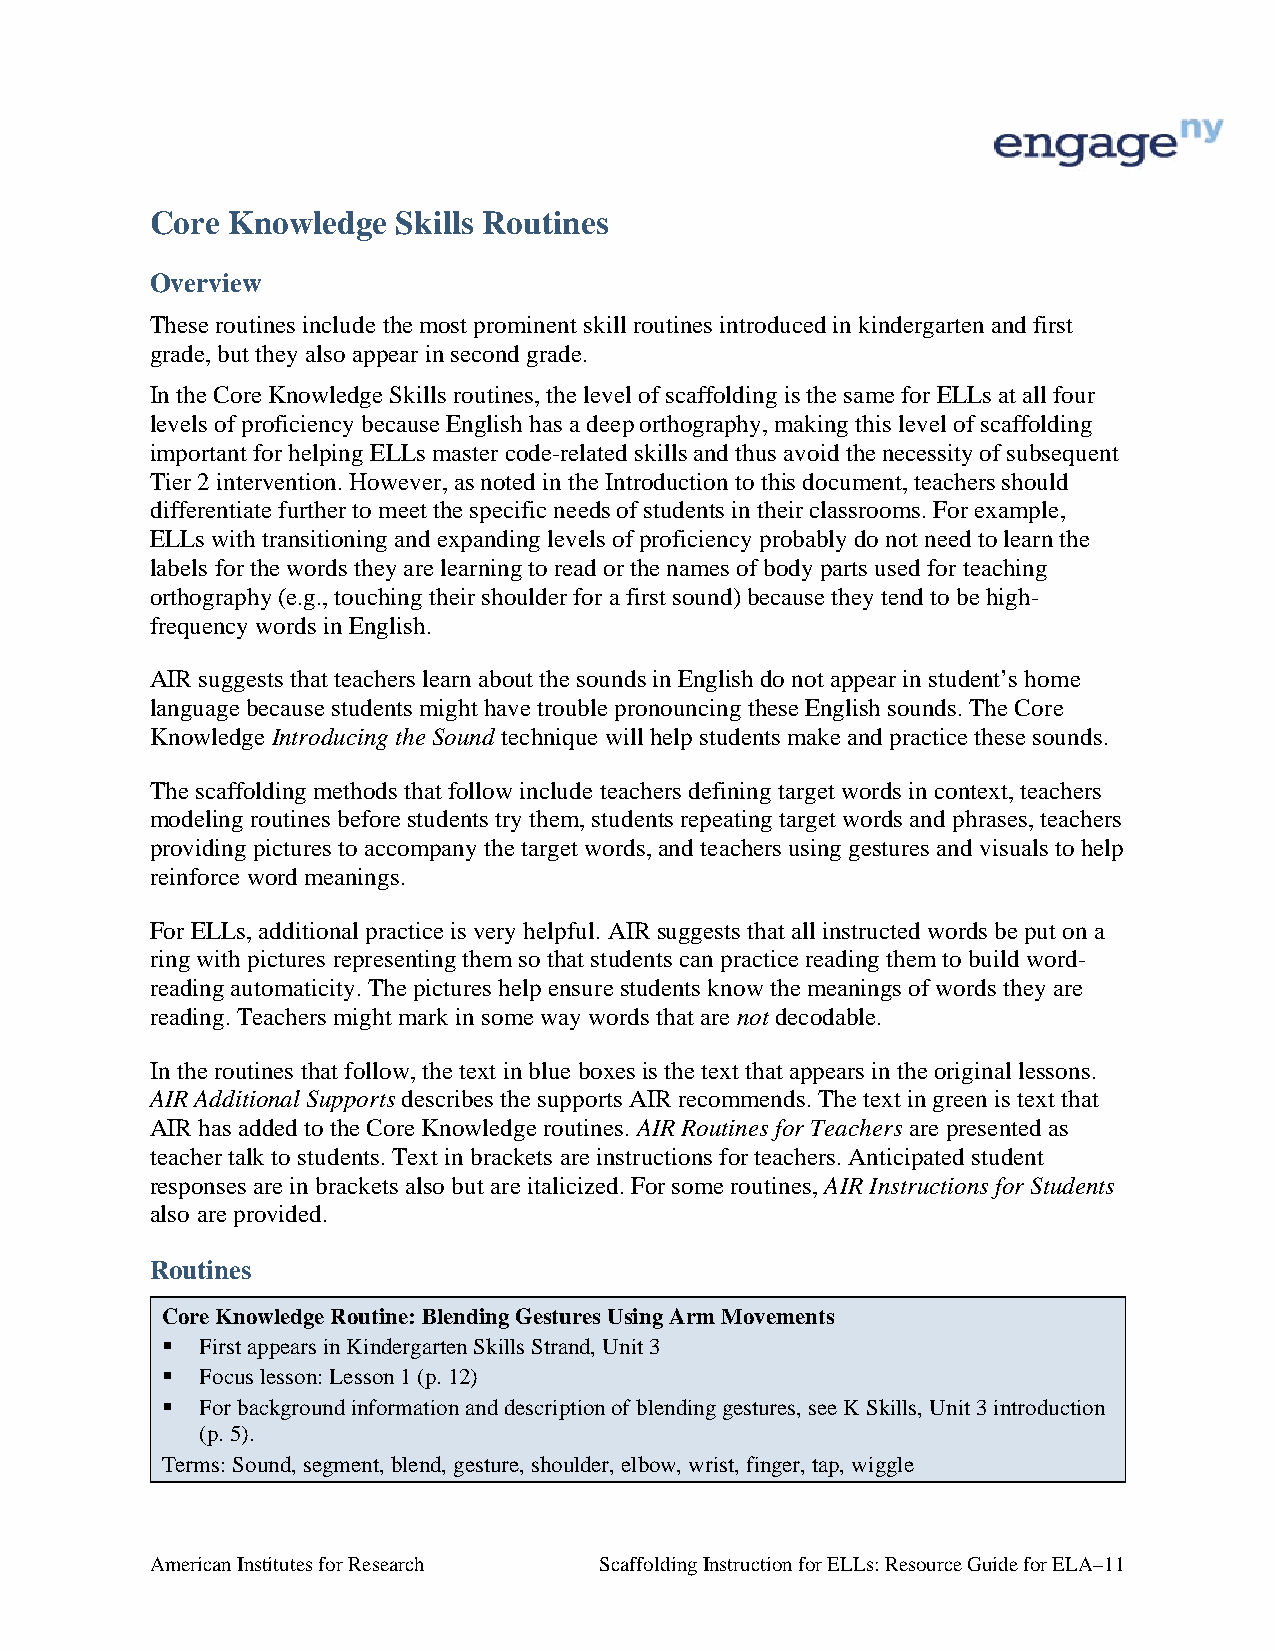
Core Knowledge  Skills Routines
 Overview
 These routines include the most prominent skill routines introduced in kindergarten and first
 grade, but they also appear in second grade.
 In the Core Knowledge Skills routines, the level of scaffolding is the same for ELLs at all four
 levels of proficiency because English has a deep orthography, making this level of scaffolding
 important for helping ELLs master code-related skills and thus avoid the necessity of subsequent
 Tier 2 intervention. However, as noted in the Introduction to this document, teachers should
 differentiate further to meet the specific needs of students in their classrooms. For example,
 ELLs with transitioning and expanding levels of proficiency probably do not need to learn the
 labels for the words they are learning to read or the names of body parts used for teaching
 orthography (e.g., touching their shoulder for a first sound) because they tend to be high-
 frequency words in English.
 AIR suggests that teachers learn about the sounds in English do not appear in student’s home
 language because students might have trouble pronouncing these English sounds. The Core
 Knowledge Introducing the Sound technique will help students make and practice these sounds.
 The scaffolding methods that follow include teachers defining target words in context, teachers
 modeling routines before students try them, students repeating target words and phrases, teachers
 providing pictures to accompany the target words, and teachers using gestures and visuals to help
 reinforce word meanings.
 For ELLs, additional practice is very helpful. AIR suggests that all instructed words be put on a
 ring with pictures representing them so that students can practice reading them to build word-
 reading automaticity. The pictures help ensure students know the meanings of words they are
 reading. Teachers might mark in some way words that are not decodable.
 In the routines that follow, the text in blue boxes is the text that appears in the original lessons.
 AIR Additional Supports describes the supports AIR recommends. The text in green is text that
 AIR has added to the Core Knowledge routines. AIR Routines for Teachers are presented as
 teacher talk to students. Text in brackets are instructions for teachers. Anticipated student
 responses are in brackets also but are italicized. For some routines, AIR Instructions for Students
 also are provided.
 Routines
 Core Knowledge Routine: Blending Gestures Using Arm Movements
  First appears in Kindergarten Skills Strand, Unit 3
  Focus lesson: Lesson 1 (p. 12)
  For background information and description of blending gestures, see K Skills, Unit 3 introduction
 (p. 5).
 Terms: Sound, segment, blend, gesture, shoulder, elbow, wrist, finger, tap, wiggle
 American Institutes for Research Scaffolding Instruction for ELLs: Resource Guide for ELA–11